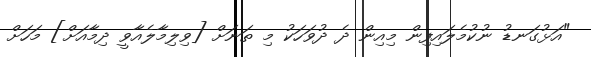
"އަޅުގަނޑު ނުކުމެލައިފިން މިއިން ދެ ދުވަހަކު މި ތަނަށް [ވިލިމާލެއާވީ ދިމާއަށް] މަހަށް